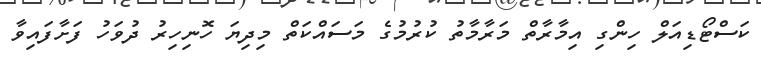
ކަސްޓޯޑިއަލް ހިންގި އިމާރާތް މަރާމާތު ކުރުމުގެ މަސައްކަތް މިދިޔަ ހޮނިހިރު ދުވަހު ފަށާފައިވާ